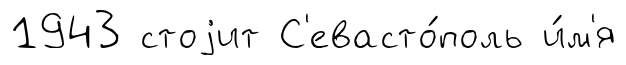
1943 стоjит С'евасто́поль и́м'я